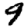
Digit: 9